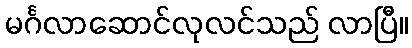
မင်္ဂလာဆောင်လုလင်သည် လာပြီ။